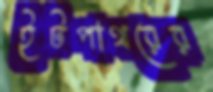
ইটপাথরের